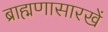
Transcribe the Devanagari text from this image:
ब्राह्मणासारखें